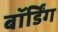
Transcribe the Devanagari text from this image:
बॉर्डिंग